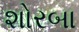
શોરબા